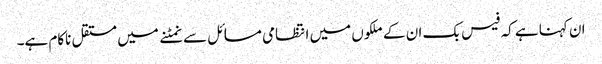
ان کہنا ہے کہ فیس بک ان کے ملکوں میں انتظامی مسائل سے نمٹنے میں مستقل ناکام ہے۔